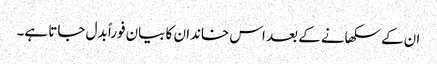
ان کے سکھانے کے بعد اس خاندان کا بیان فوراً بدل جاتا ہے۔